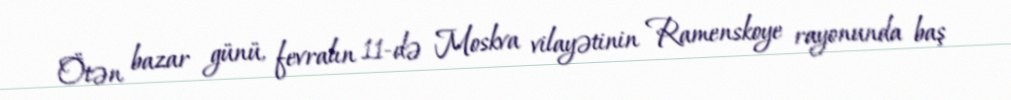
Ötən bazar günü, fevralın 11-də Moskva vilayətinin Ramenskoye rayonunda baş